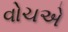
વોચએ